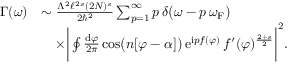
\begin{array} { r l } { \Gamma ( \omega ) } & { \sim \frac { \Lambda ^ { 2 } \ell ^ { 2 s } ( 2 N ) ^ { s } } { 2 \hbar ^ { 2 } } \sum _ { p = 1 } ^ { \infty } p \, \delta \big ( \omega - p \, \omega _ { \mathrm { F } } \big ) } \\ & { \quad \times \bigg | \oint \frac { \mathrm { d } \varphi } { 2 \pi } \cos \bigl ( n [ \varphi - \alpha ] \bigr ) \, \mathrm { e } ^ { \mathrm { i } p f ( \varphi ) } \, f ^ { \prime } ( \varphi ) ^ { \frac { 2 + s } { 2 } } \bigg | ^ { 2 } . } \end{array}